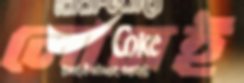
লোমই